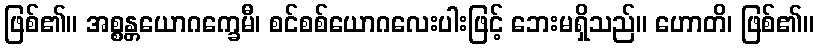
ဖြစ်၏။ အစ္စန္တယောဂက္ခေမီ၊ စင်စစ်ယောဂလေးပါးဖြင့် ဘေးမရှိသည်။ ဟောတိ၊ ဖြစ်၏။